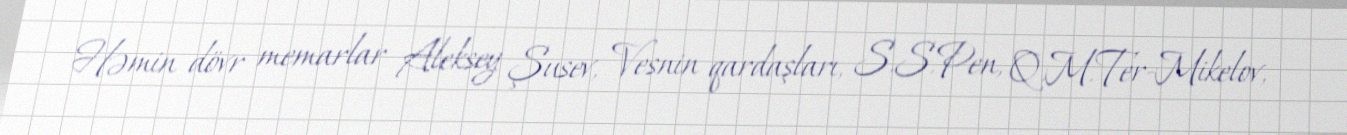
Həmin dövr memarlar Aleksey Şusev, Vesnin qardaşları, S.S.Pen, Q.M.Ter-Mikelov,